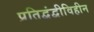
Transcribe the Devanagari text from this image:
प्रतिद्वंद्वीविहीन